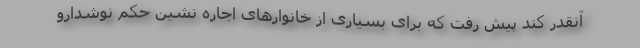
آنقدر کند پیش رفت که برای بسیاری از خانوارهای اجاره نشین حکم نوشدارو